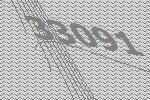
33091